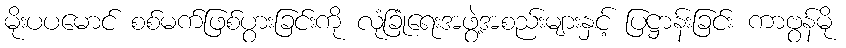
မိုးပပမောင် စစ်မက်ဖြစ်ပွားခြင်းကို လုံခြုံရေးအဖွဲ့အစည်းများနှင့် ပြဋ္ဌာန်းခြင်း ကာဗွန်မို